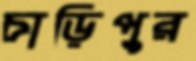
চাড়িপুর